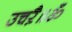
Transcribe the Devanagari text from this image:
उचऱै॥ॐ